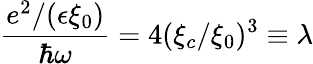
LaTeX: \frac{e^{2}/(\epsilon\xi_{0})}{\hbar\omega}=4(\xi_{c}/\xi_{0})^{3}\equiv\lambda